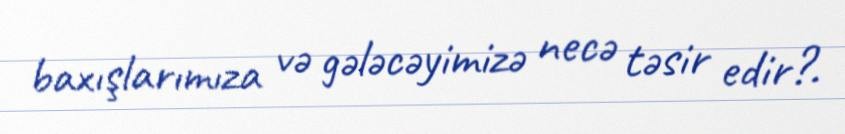
baxışlarımıza və gələcəyimizə necə təsir edir?.